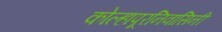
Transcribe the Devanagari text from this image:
कोल्हापूरनिवासिनी